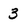
Character: 3